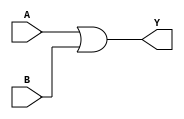
module logicgate_or( A, Y, B ) ;
	input A, B ;
	output Y ;
	assign Y = A | B ;
endmodule